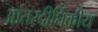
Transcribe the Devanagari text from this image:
आंतरदीर्घिकीय